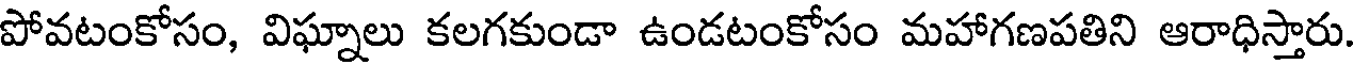
పోవటంకోసం, విఘ్నాలు కలగకుండా ఉండటంకోసం మహాగణపతిని ఆరాధిస్తారు.